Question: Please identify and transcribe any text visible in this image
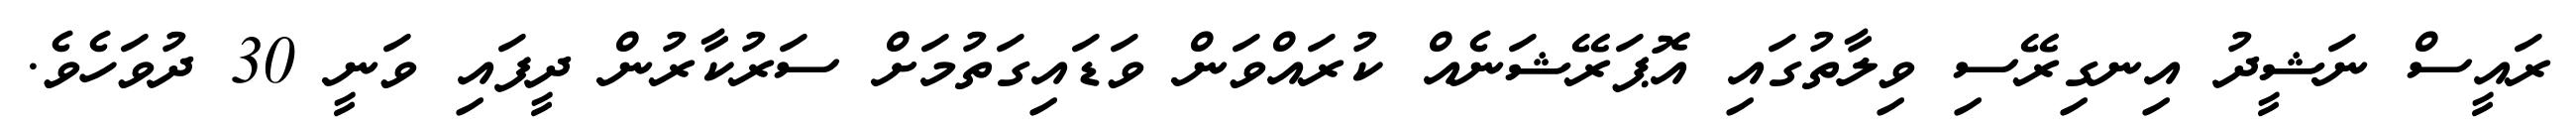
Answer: ރައީސް ނަޝީދު އިނގިރޭސި ވިލާތުގައި އޮޕަރޭޝަނެއް ކުރައްވަން ވަޑައިގަތުމަށް ސަރުކާރުން ދީފައި ވަނީ 30 ދުވަހެވެ.